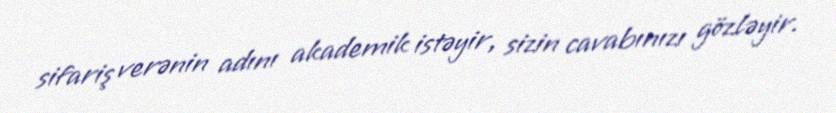
sifariş verənin adını akademik istəyir, sizin cavabınızı gözləyir.